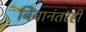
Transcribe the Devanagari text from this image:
बिंबानंतरही